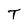
Character: T